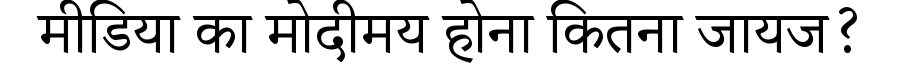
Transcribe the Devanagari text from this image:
मीडिया का मोदीमय होना कितना जायज?